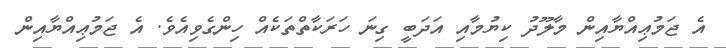
އެ ޖަމުޢިއްޔާއިން މާލޫދު ކިޔުމާއި އަދަބީ ގިނަ ހަރަކާތްތަކެއް ހިންގެވިއެވެ. އެ ޖަމުޢިއްޔާއިން